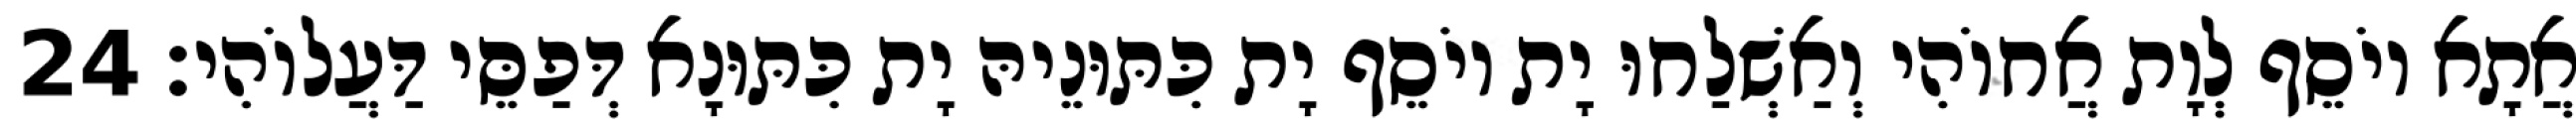
אֲתָא יוֹסֵף לְוָת אֲחוֹהִי וְאַשְׁלַחוּ יָת יוֹסֵף יָת כִּתּוּנֵיהּ יָת כִּתּוּנָא דְּפַסֵּי דַּעֲלוֹהִי׃ 24